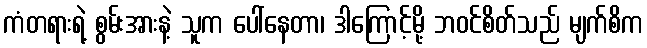
ကံတရားရဲ့ စွမ်းအားနဲ့ သူက ပေါ်နေတာ၊ ဒါကြောင့်မို့ ဘဝင်စိတ်သည် မျက်စိက